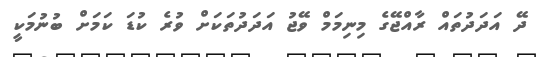
ދޭ އަދަދުތައް ރާއްޖޭގެ މިނިމަމް ވޭޖު އަދަދުތަކަށް ވުރެ ކުޑަ ކަމަށް ބުނުމަކީ